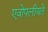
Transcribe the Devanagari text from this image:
एवोपलीयते